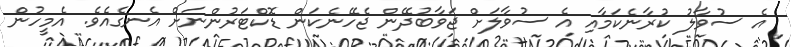
އެ ސުވާލު ކުރާނެކަމާއި އެ ސުވާލަށް ޖަވާބުދޭން ޖެހޭނެކަން ޑޮކްޓަރުންނަށް އެނގެއެވެ. އެމީހުން